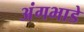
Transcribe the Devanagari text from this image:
अंगभाडे